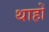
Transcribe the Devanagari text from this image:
थाहों